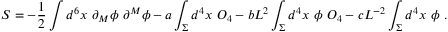
S = - { \frac { 1 } { 2 } } \int d ^ { 6 } x ~ \partial _ { M } \phi ~ \partial ^ { M } \phi - a \int _ { \Sigma } d ^ { 4 } x ~ { \cal O } _ { 4 } - b L ^ { 2 } \int _ { \Sigma } d ^ { 4 } x ~ \phi ~ { \cal O } _ { 4 } - c L ^ { - 2 } \int _ { \Sigma } d ^ { 4 } x ~ \phi ~ .